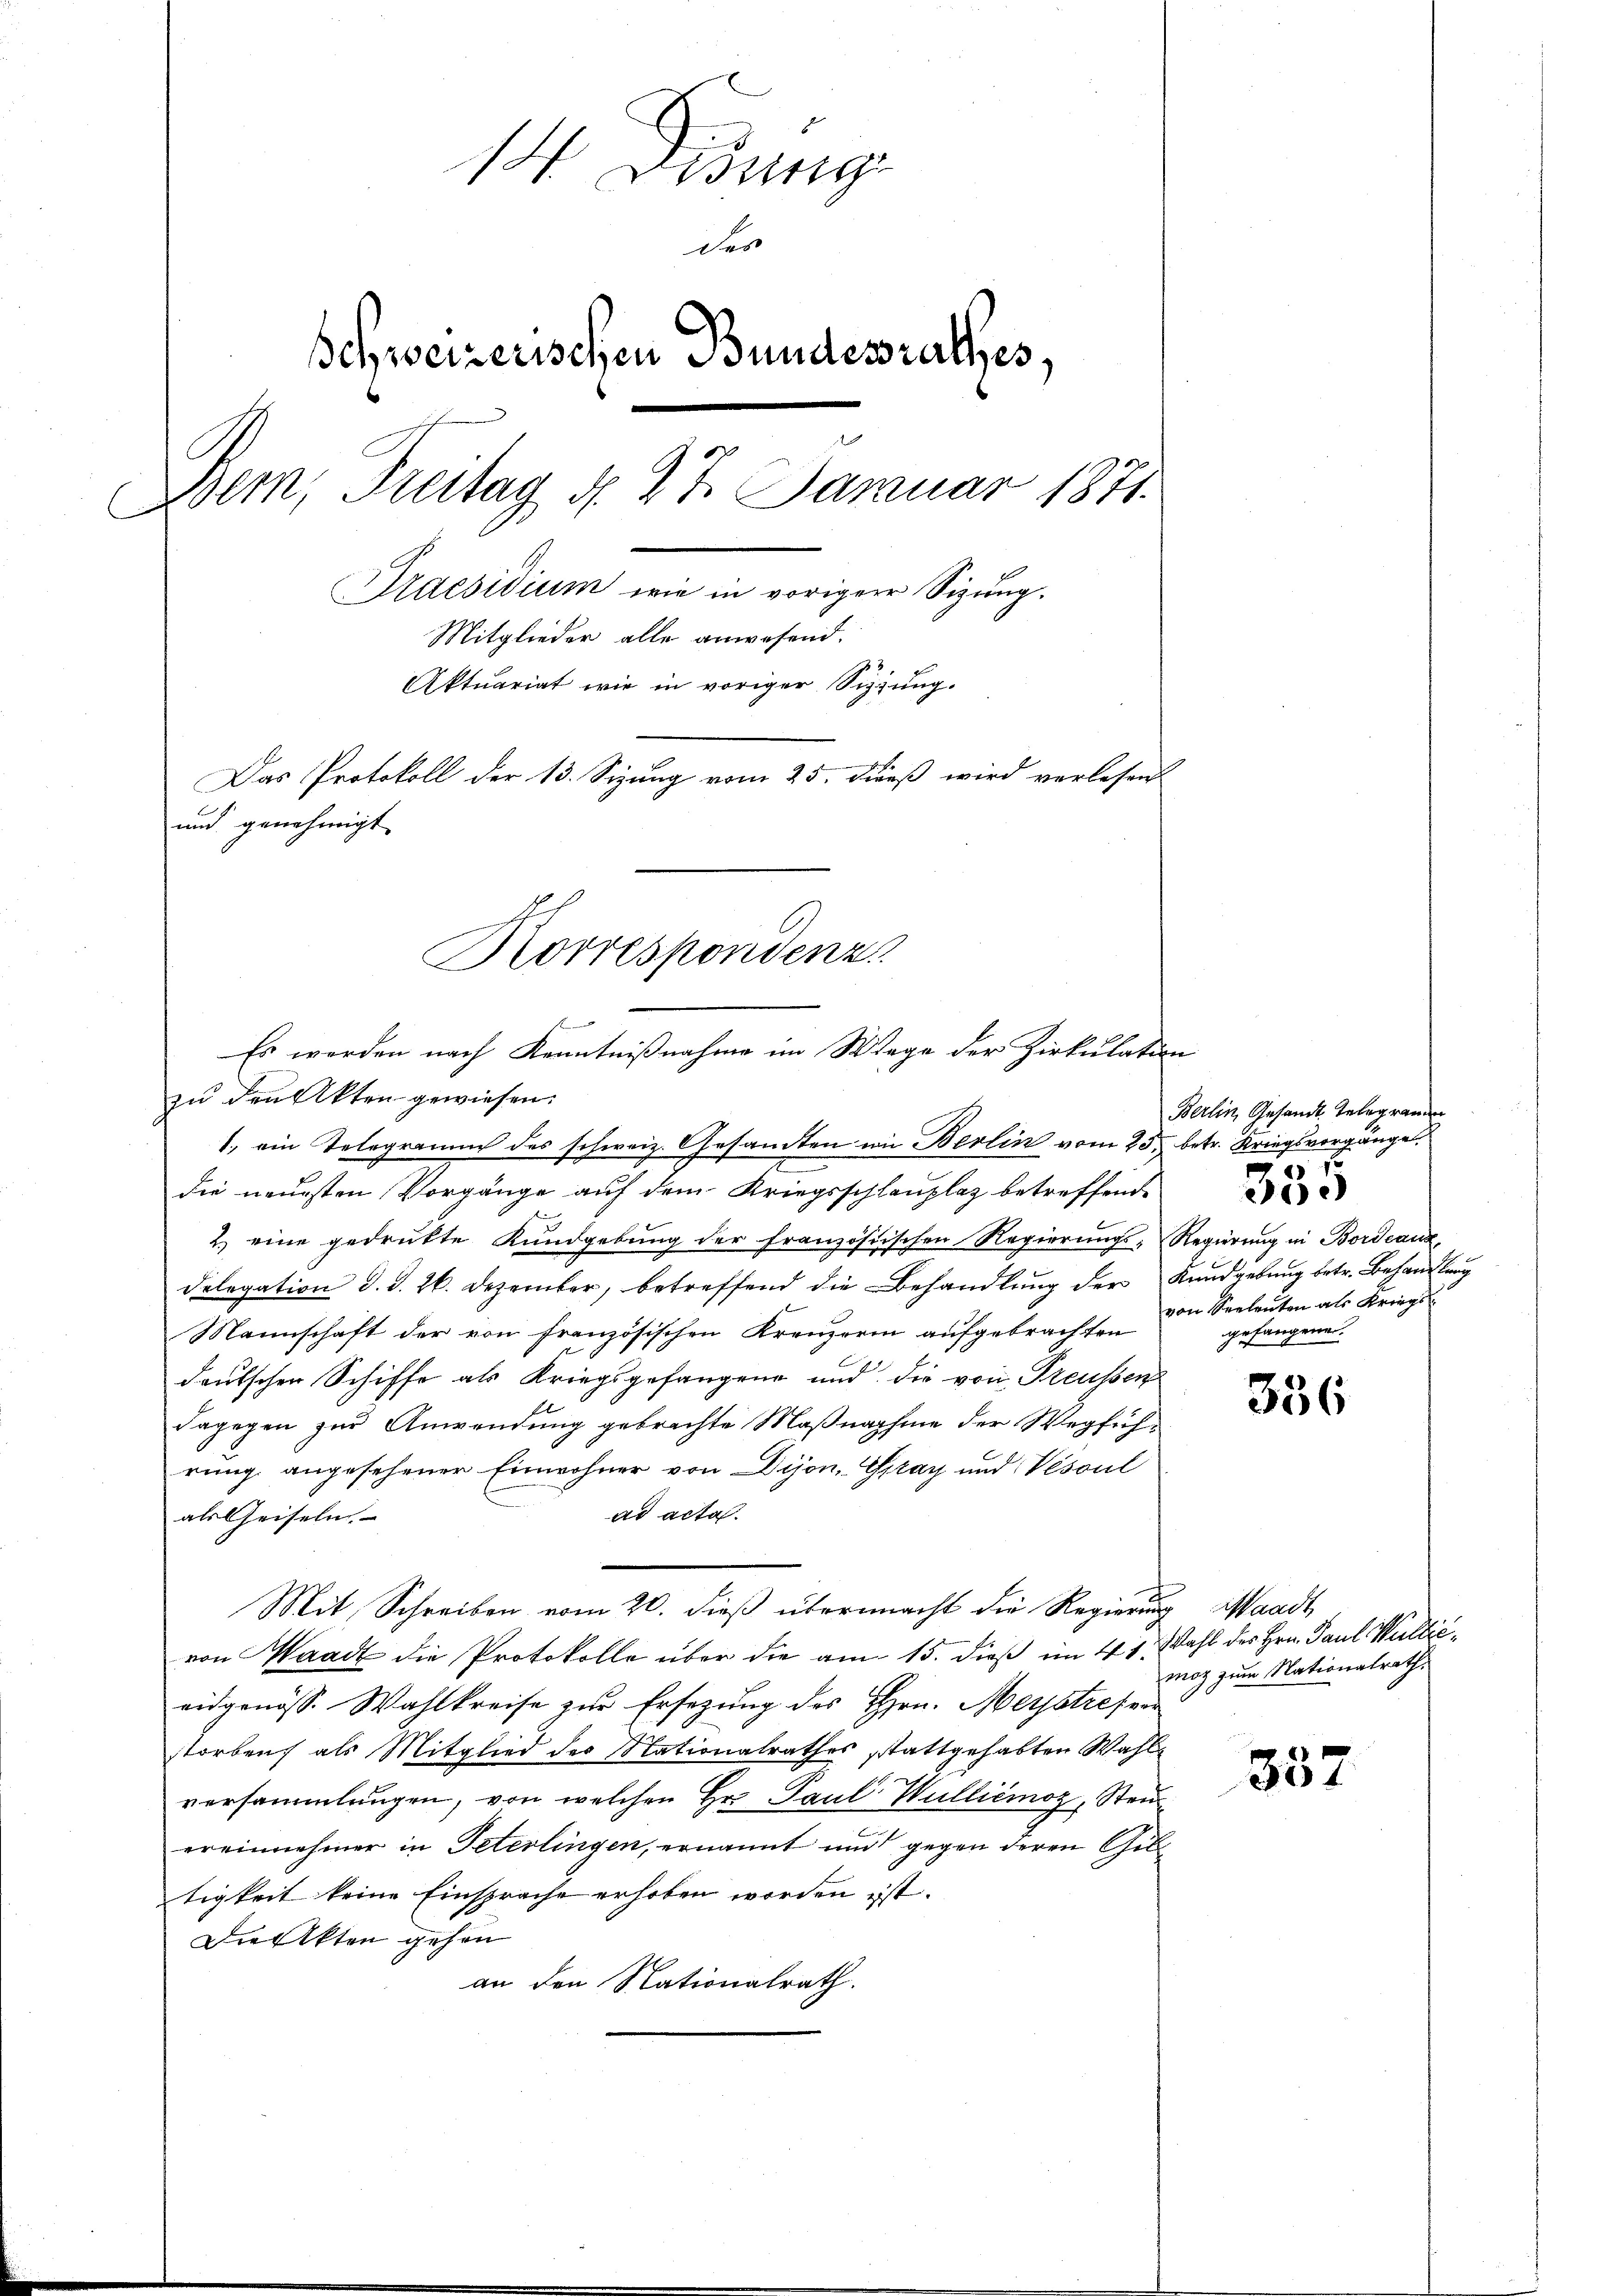
14 Dedung
der
Schweizerischen Bundesrathes,
Bem, Freitag d. 27. Januar 1871
C
Praesidium wie in voriger Sizung.
Mitglieder alle anwesend.
Aktuariat wie in voriger Sitzung.
Das Protokoll der 13. Sizung vom 25. dieß wird verlesen
und genehmigt
Korrespondenz

s
Es werden nach Kenntnißnahme im Wege der Zirkulation

zŭ den Akten gewiesen.
1, ein Telegramm des schweiz. Gesamten wie Berlin vom 23. betr. Kriegsvorgänge,
die neuesten Vorgänge auf dem Kriegsschlauplaz betreffend
2.) eine gedrukte Kundgebung der französischen Regierungs-Regierung in Bordeaux
Delegation d. d. 26. Dezember, betreffend die Behandlung der Kundgebung betr. Behandlung
Mannschaft der von französischen Kreuzerin aufgebrachten
deutschen Schiffe als Kriegsgefangen und die von Freussen
dagegen zur Anwendung gebrachte Maßnahme der Wegführung angesehener Einwohner von Dijon, Gay und Vesoul
ad acta.
alsleiseln.
Mit Schreiben vom 20. dieß übermacht die Regierung Waadt
von Waadt die Protokolle über die am 15. dieß im 41. Wahl des Hrn. Paul Williceidgenöss. Wahlkreise zur Ersezung des Hrn. Merstresver
storben als Mitglied des Nationalrathes stattgehabten Wahlversammlungen, von welchen Hr. Paul Wulliémoz, Steuereinnehmer in Peterlingen, ernannt und gegen deren Giltigkeit keine Einsprache erhoben worden ist.
Die Akten gehen
an den Nationalrath.

Berlin, Gesandt Telegramm
von Seeleuten als Kriegsgefangene.

6

336

moz zum Nationalrathe

357